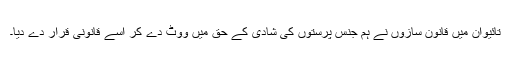
تائیوان میں قانون سازوں نے ہم جنس پرستوں کی شادی کے حق میں ووٹ دے کر اسے قانونی قرار دے دیا۔